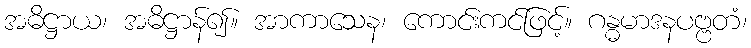
အဓိဋ္ဌာယ၊ အဓိဋ္ဌာန်၍။ အာကာသေန၊ ကောင်းကင်ဖြင့်။ ဂန္ဓမာဒနပဗ္ဗတံ၊